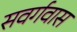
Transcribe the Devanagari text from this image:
सवर्गवास